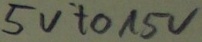
Text: 5V to 15V